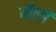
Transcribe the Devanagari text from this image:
बीलों